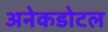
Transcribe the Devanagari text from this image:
अनेकडोटल